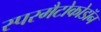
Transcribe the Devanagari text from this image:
स्परमैटोकोडॉन